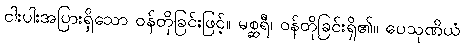
ငါးပါးအပြားရှိသော ဝန်တိုခြင်းဖြင့်။ မစ္ဆရီ၊ ဝန်တိုခြင်းရှိ၏။ ပေသုဏိယံ